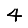
Digit: 4